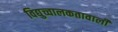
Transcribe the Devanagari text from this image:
विद्युच्चालकतावाली